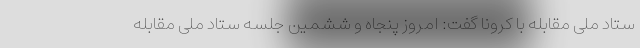
ستاد ملی مقابله با کرونا گفت: امروز پنجاه و ششمین جلسه ستاد ملی مقابله